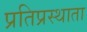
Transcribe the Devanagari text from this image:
प्रतिप्रस्थाता